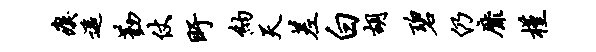
瘼遥勤仗盱纳天差白胡碧仍靡槿